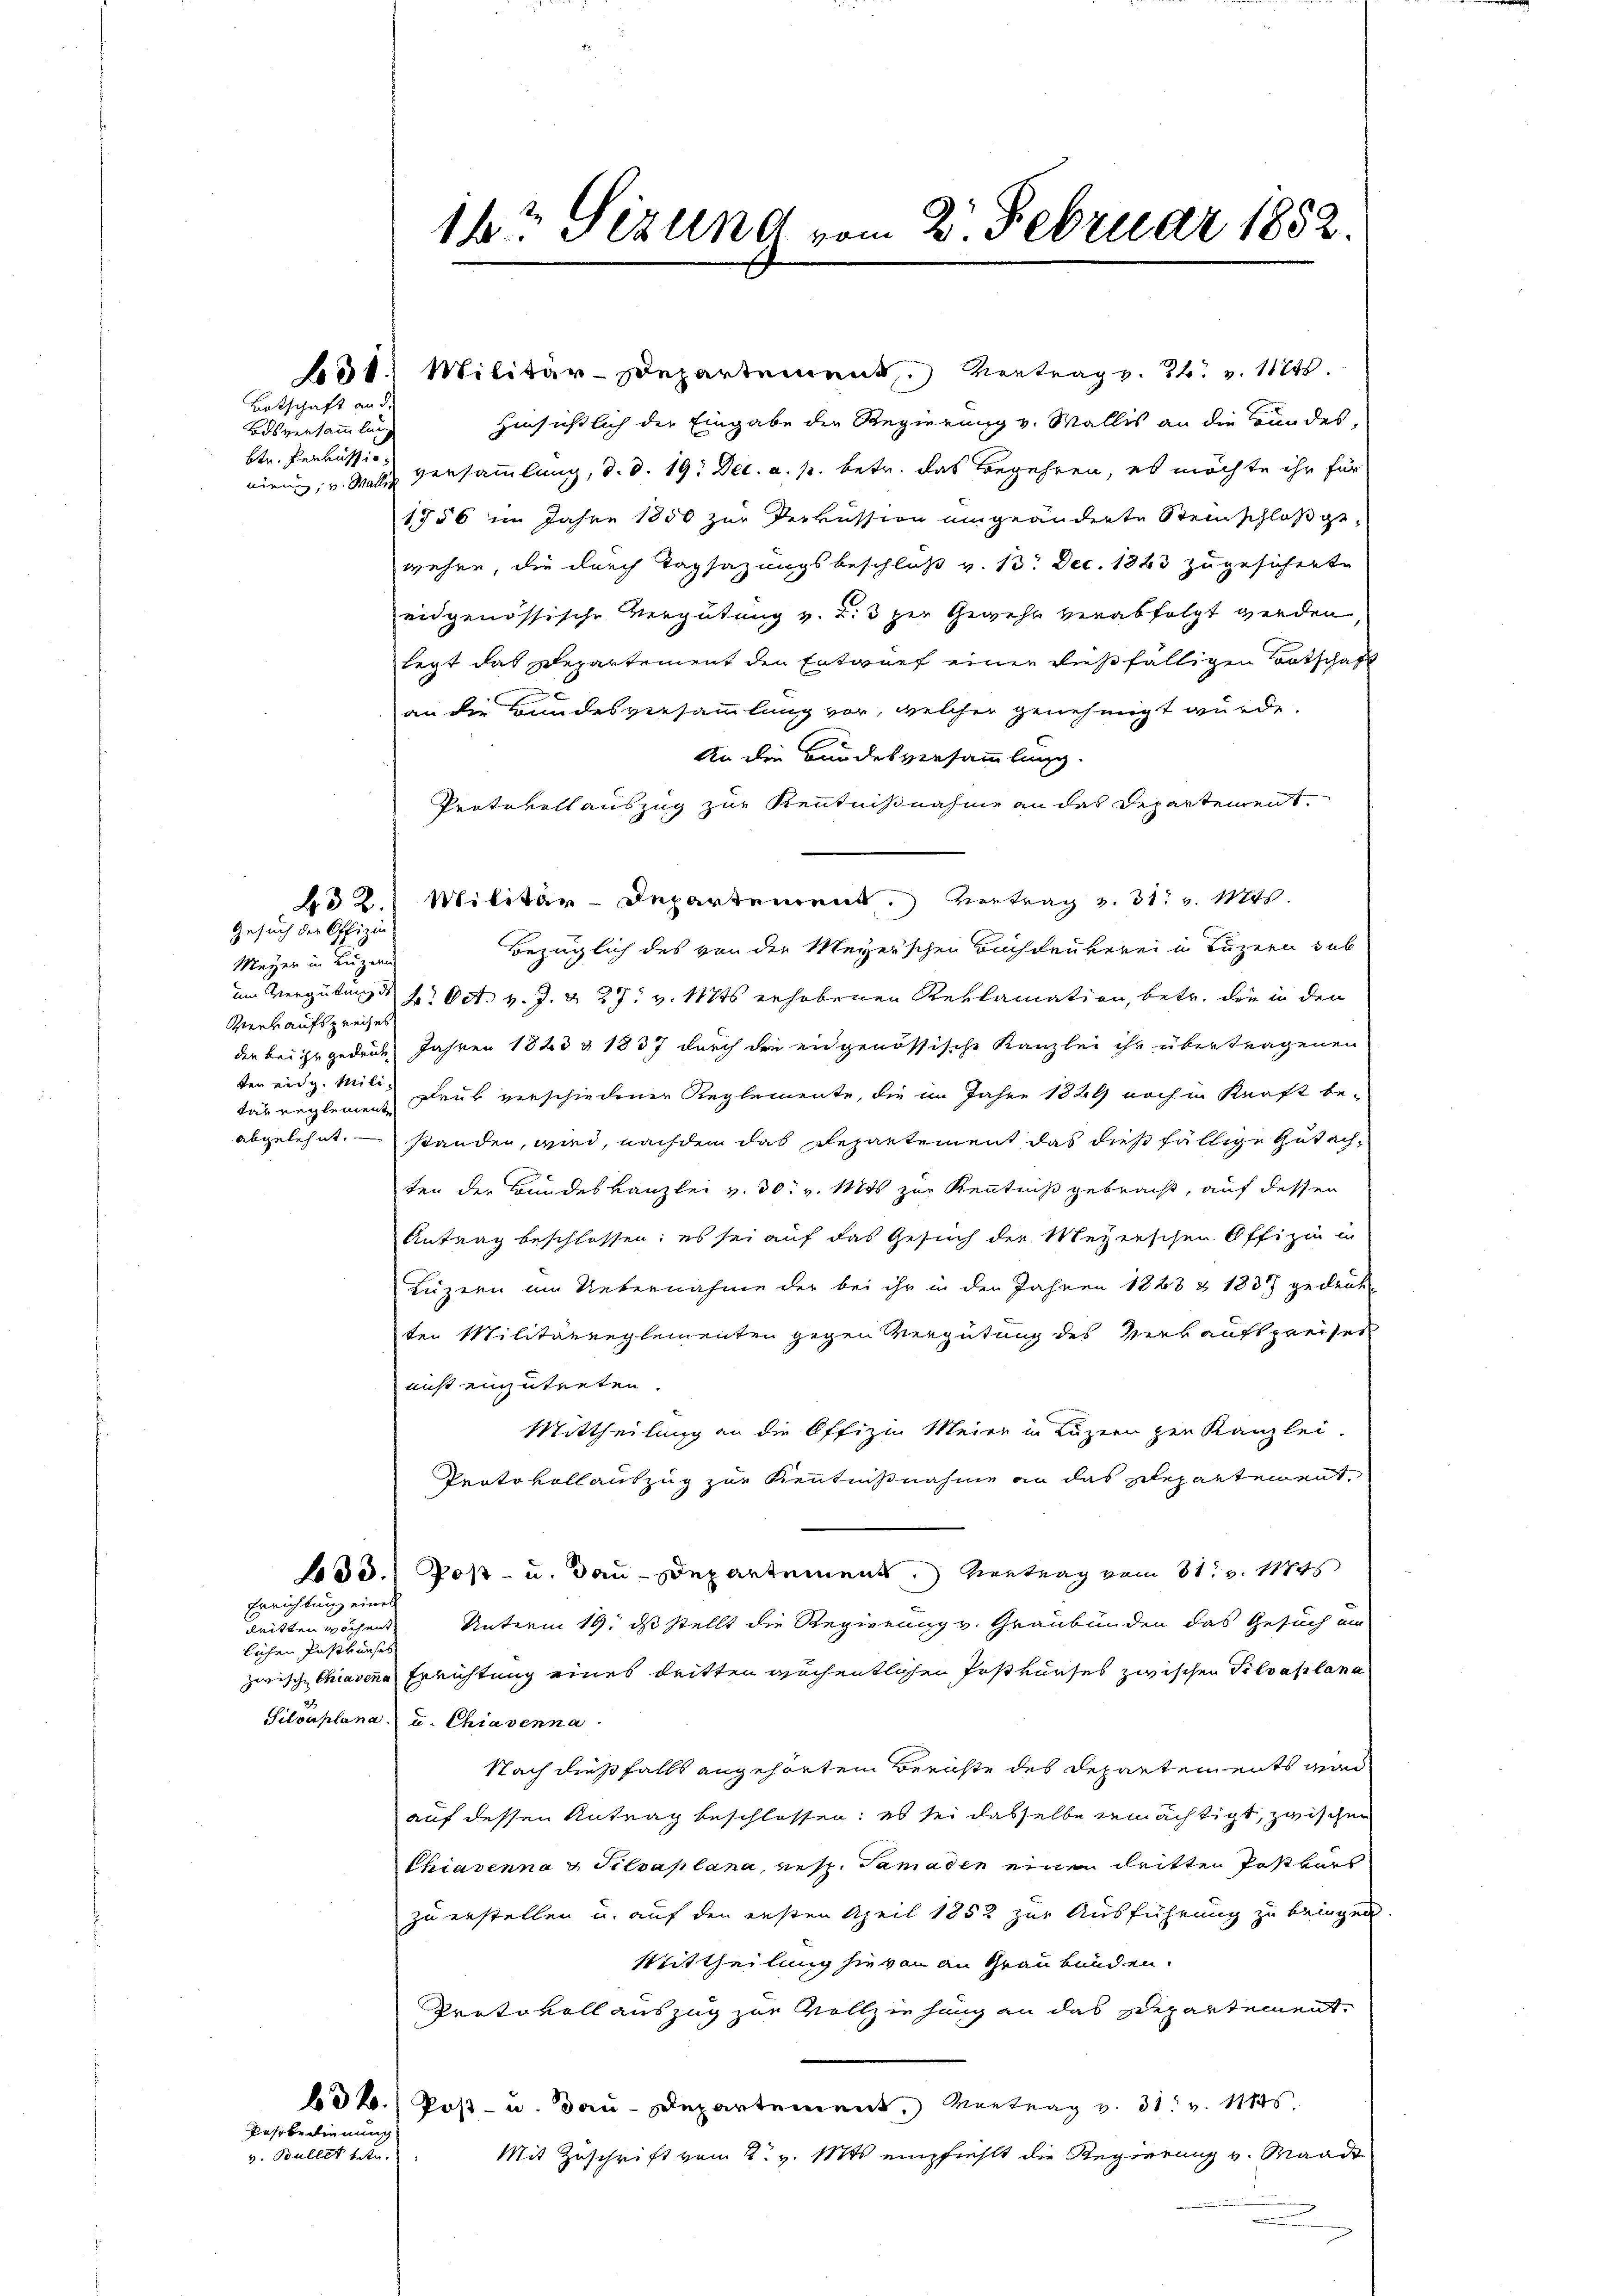
131. Militär-Departement. Vertrag v. 24. v. 11245.
Hinsichtlich der Eingabe der Regierung v. Wallis an die Bandes,
niren, v. Wallis Versammlung, d. d. 19. Dec. a. p. betr. das Begehren, es möchte ihr für
1756 im Jahre 1850 zur Verkussion umgeänderte Steinschloß gewehre, die durch Tagsazungsbeschluß v. 13. Dec. 1863 zugesicherte
eidgenössische Vergütung v. Z. 3 zur Gewehr verabfolgt werden,
legt das Departement den Entwurf einer dießfälligen Botschaft
an die Bundesversammlung vor, welcher genehmigt wurde.
An die Bundesversammlung.
Protevollauszug zur Kenntnißnahme an des Departement
BR. Militär-Departement. Vertrag v. 31. v. Mts.
Bezüglich des von der Meyerschen Buchdrukerei in Luzern sub
um Vergütung d. 2. Oct. v. J. & 27. v. 1876 erhobenen Reklamation, betr. die in den
der bei zu gedeih Jahren 1823 & 1837 durch die eidgenössische Kanzlei ihr übertragenen
daureglemen Druk verschiedener Reglemente, die im Jahre 1889 noch in Kraft be-
abgelehnt. Stander, wird, nachdem das Departement das dießfällige Gutachten der Bundeskanzlei v. 30. v. Mts zur Kenntniß gebracht, auf dessen
Antrag beschlossen; es sei auf das Gesuch der Meyerschen Offizia in
Luzern um Uebernahme der bei ihr in den Jahren 1863 & 1837 gedrukten Militärreglementen gegen Vergütung des Verkauft preises
ais einzutreten.
Mittheilung an die Offizia Meier in Luzern zur Kanzlei.
Prato vollauszug zur Kenntnißnahme an das Repartement,
33.) Post- u. dau-Departement.) Vortrag vom 31. v. 11845
Errichtung eines
Unterm 19. ds stellt die Regierung v. Graubünden das Gesuch ein
geitten wöchent.
lichen Postkurses
zwische Chiavene Errichtung eines dritten wöchentlichen Postkurses zwischen Silvaplana
Silvaplana u. Chiavenna
Nach dießfalls angehörten Berichte des Departements wird
auf dessen Antrag beschlossen: es sei dasselbe ermächtigt, zwischen
Chiavenna & Silvaplana, resp. Samaden einen dritter Postbars
zu erstellen u. auf den ersten April 1852 zur Ausführung zu bringen.
Mittheilung sie von an Graubünden.
Protokoll auszug zur Vollziehung an das Departement
bd 2.) Post- u. dau-Departement, Vertrag v. 31. v. 11845.
Postbedienung
Mit Zuschrift vom 2. v. Mts. empfiehlt die Regierung v. Mande
v. Bullet betr.

Botschaft an d
Bdsversammlung
bte. Perkussio¬

Gesuch der Offizin

Meyer in Luzern
Verkaufspreises
ten eidg. Mili¬

ih? Sizung vom 2. Februar 1852.